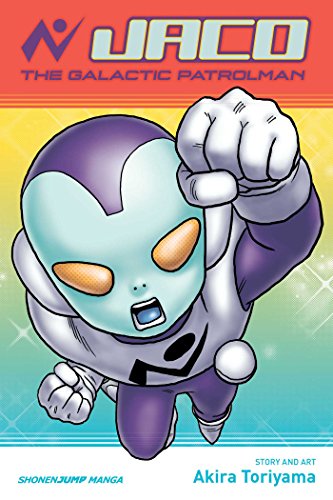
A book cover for Jaco the Galactic Patrolman; Akira Toriyama; Children's Books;